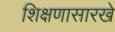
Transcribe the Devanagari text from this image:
शिक्षणासारखे